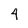
Character: 4